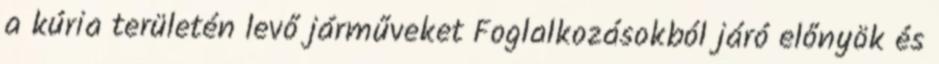
a kúria területén levő járműveket Foglalkozásokból járó előnyök és